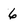
Character: 6